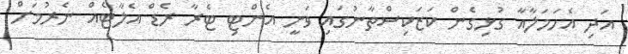
އަދި އެހަމަލާއާ ގުޅިގެން ކަޒަކިސްތާނުގައި ވަނީ އެންޓި ޓެރާ ރެޑް އެލާޓެއް ނެރުމަށް